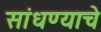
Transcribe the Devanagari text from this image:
सांधण्याचे